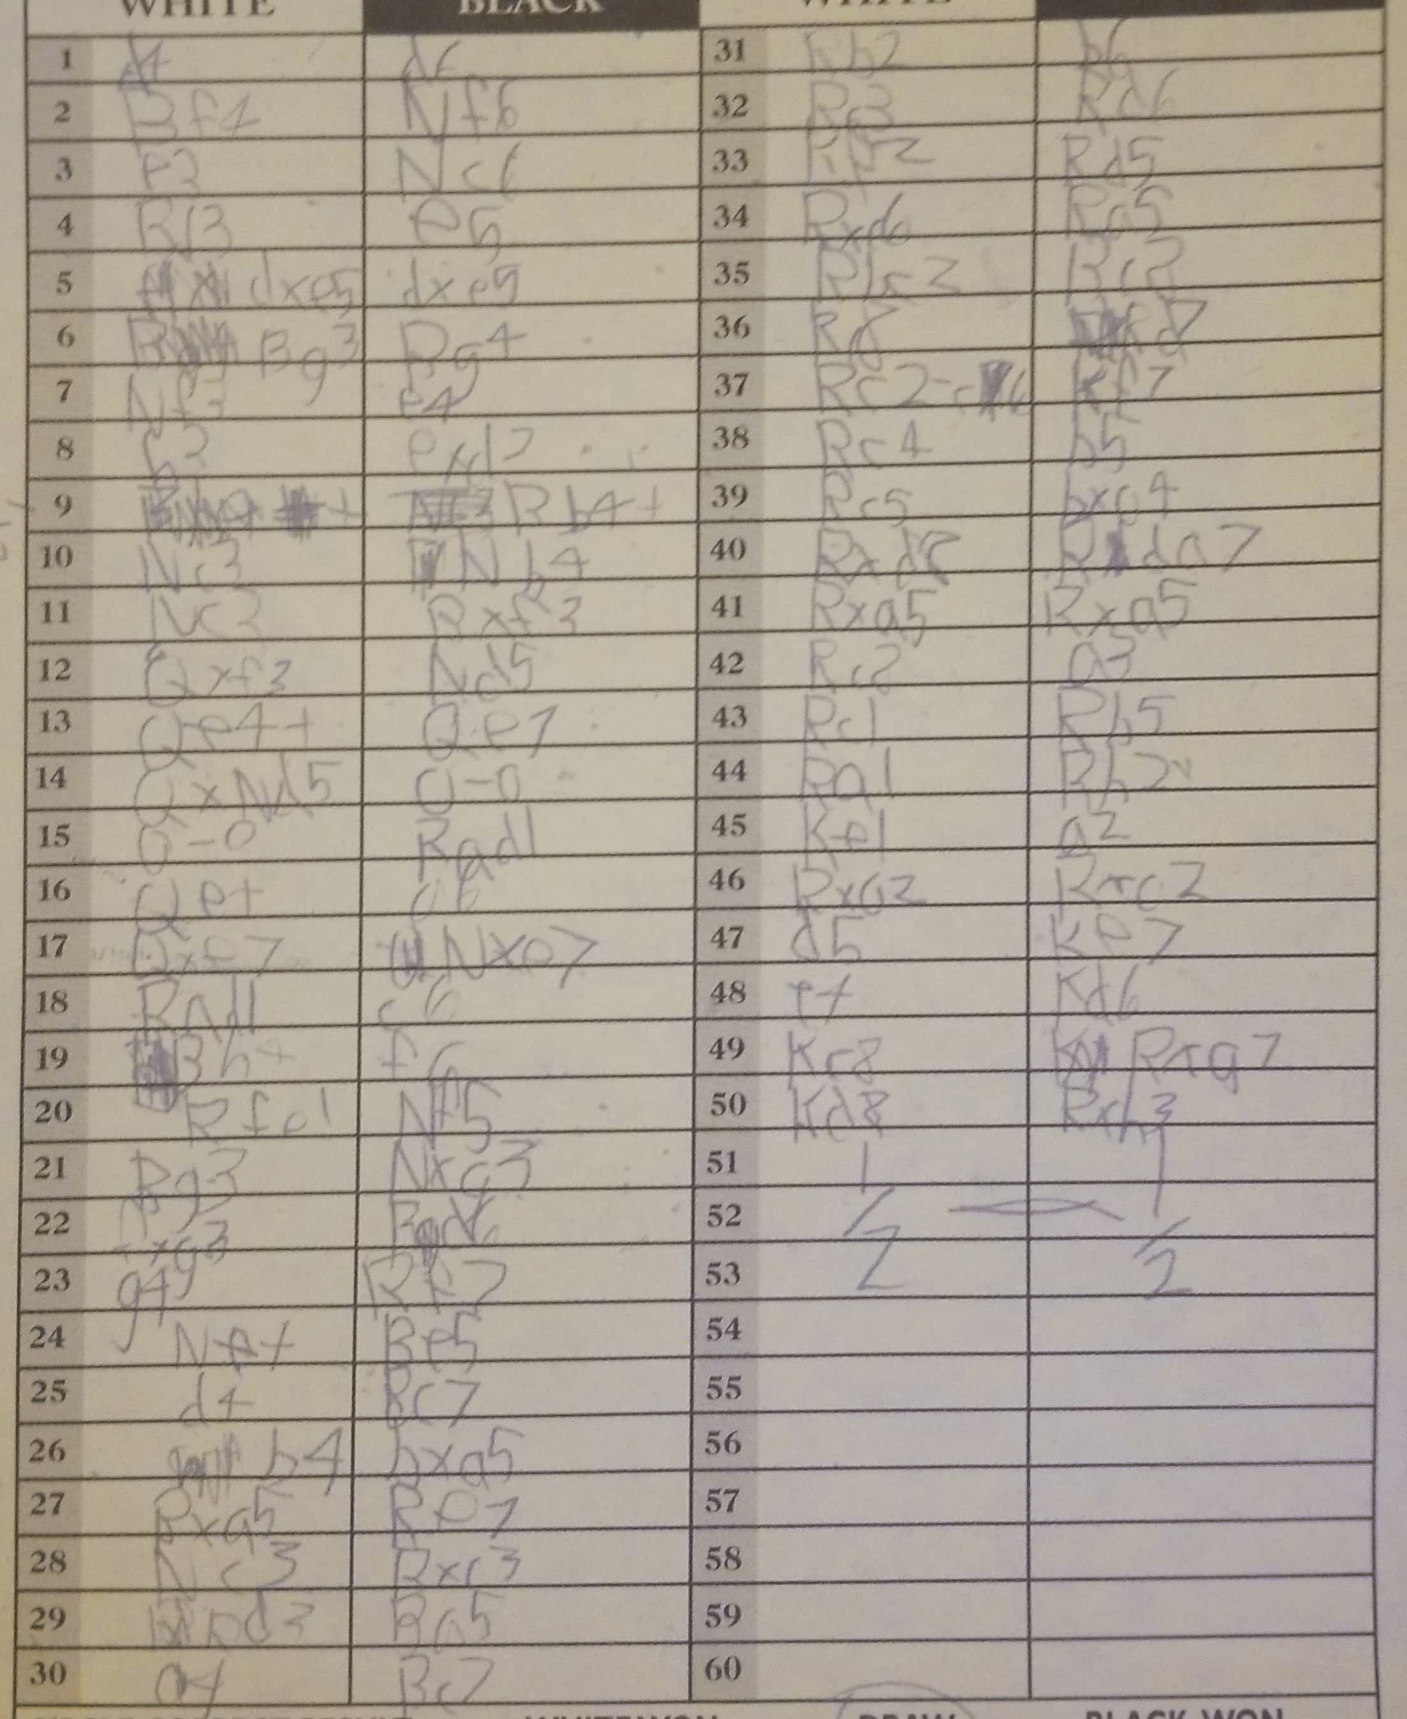
Moves: d4 d6 Bf4 Nf6 e3 Nc1 Rd3 e5 dxe5 dxe5 Bg3 Bg4 Nf3 e4 b3 exd2 Bb4+ Nc3 Nb4 Nc3 Bxf3 Qxf3 Nd5 Qe4+ Qe7 QxNd5 O-O O-O Rad1 Qe+ a6 Qxf7 Nxe7 Rad1 c6 Bh4 f6 Rfe1 Nf5 Bg3 Nxg3 fxg3 Rc6 g4 Rf7 Ne+ Be5 d4 Bc7 b4 bxa5 Bxa5 Re7 Nc3 Bxc3 Rd3 Ba5 a4 Bc2 Rb2 b6 Rc3 Rd6 Rb2 Rd5 Rxd6 Ra5 Rbc3 Bc8 Rc8 Rd7 Rc2 Rf7 Rc4 b5 Rc5 bxa4 Rxd8 Rda7 Rxa5 Rxa5 Rc8 a3 Rc1 Rb5 Ra1 Rh2 Ke1 a2 Rxa2 Rxc2 d5 Ke7 e4 Kd6 Kc8 Rxa7 Kd8 Rxh3